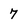
Character: 7